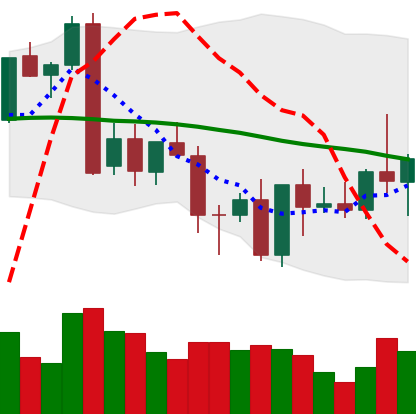
Ticker: XMR-USD
Chart end date: 2022-09-28
Forward return: -3.784%
Label: down_3_5